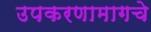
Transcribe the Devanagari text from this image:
उपकरणामागचे